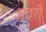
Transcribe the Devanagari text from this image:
अवरो